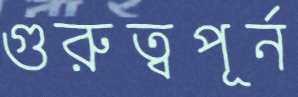
গুরুত্বপূর্ন